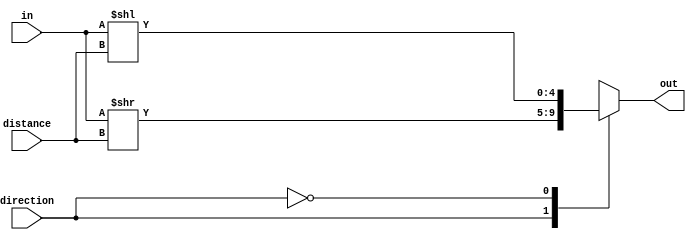
`timescale 1ns / 1ps
//////////////////////////////////////////////////////////////////////////////////
// Company: 
// Engineer: 
// 
// Design Name: 
// Module Name:    shifter 
// Project Name: 
// Target Devices: 
// Tool versions: 
// Description: 
//
// Dependencies: 
//
// Revision: 
// Revision 0.01 - File Created
// Additional Comments: 
//
//////////////////////////////////////////////////////////////////////////////////
module shifter(
	input [4:0] in,
	input [2:0] distance,
	input direction,
	output reg [4:0] out
    );
	 
	always @* begin
		case(direction)
			1'b1 : out = in >> distance;
			1'b0 : out = in << distance;
		endcase	
	end

endmodule